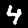
Label: 4